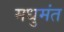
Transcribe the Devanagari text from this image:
मधुमंत